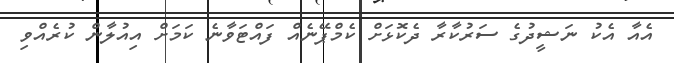
އެއާ އެކު ނަޝީދުގެ ސަރުކާރާ ދެކޮޅަށް ކެމްޕޭނެއް ފައްޓަވާނެ ކަމަށް އިއުލާން ކުރެއްވި